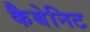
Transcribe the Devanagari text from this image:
कैबेनिट